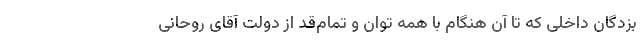
بزدگان داخلی که تا آن هنگام با همه توان و تمام‌قد از دولت آقای روحانی